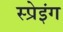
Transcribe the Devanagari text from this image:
स्प्रेइंग